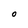
Character: O